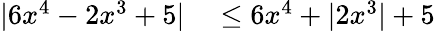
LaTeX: \begin{array}{rl}{|6x^{4}-2x^{3}+5|}&{{}\leq 6x^{4}+|2x^{3}|+5}\end{array}